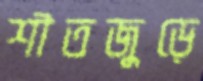
শীতজুড়ে